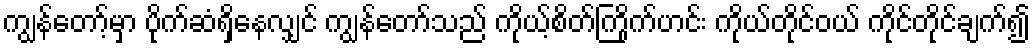
ကျွန်တော့်မှာ ပိုက်ဆံရှိနေလျှင် ကျွန်တော်သည် ကိုယ့်စိတ်ကြိုက်ဟင်း ကိုယ်တိုင်ဝယ် ကိုင်တိုင်ချက်၍